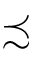
\precsim